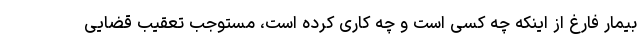
بیمار فارغ از اینکه چه کسی است و چه کاری کرده است، مستوجب تعقیب قضایی